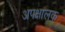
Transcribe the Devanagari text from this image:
अपक्षालक